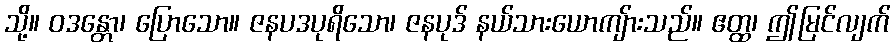
သို့။ ဝဒန္တော၊ ပြောသော။ ဇနပဒပုရိသော၊ ဇနပုဒ် နယ်သားယောကျ်ားသည်။ ဧတ္ထ၊ ဤမြင်လျက်